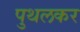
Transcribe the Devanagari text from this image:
पुथलकर